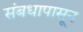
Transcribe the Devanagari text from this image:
संबधापासून